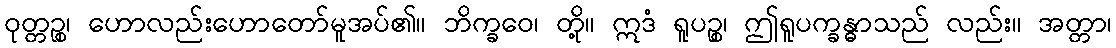
ဝုတ္တဉ္စ၊ ဟောလည်းဟောတော်မူအပ်၏။ ဘိက္ခဝေ၊ တို့။ ဣဒံ ရူပဉ္စ၊ ဤရူပက္ခန္ဓာသည် လည်း။ အတ္တာ၊